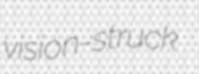
vision-struck